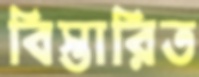
বিস্তারিত